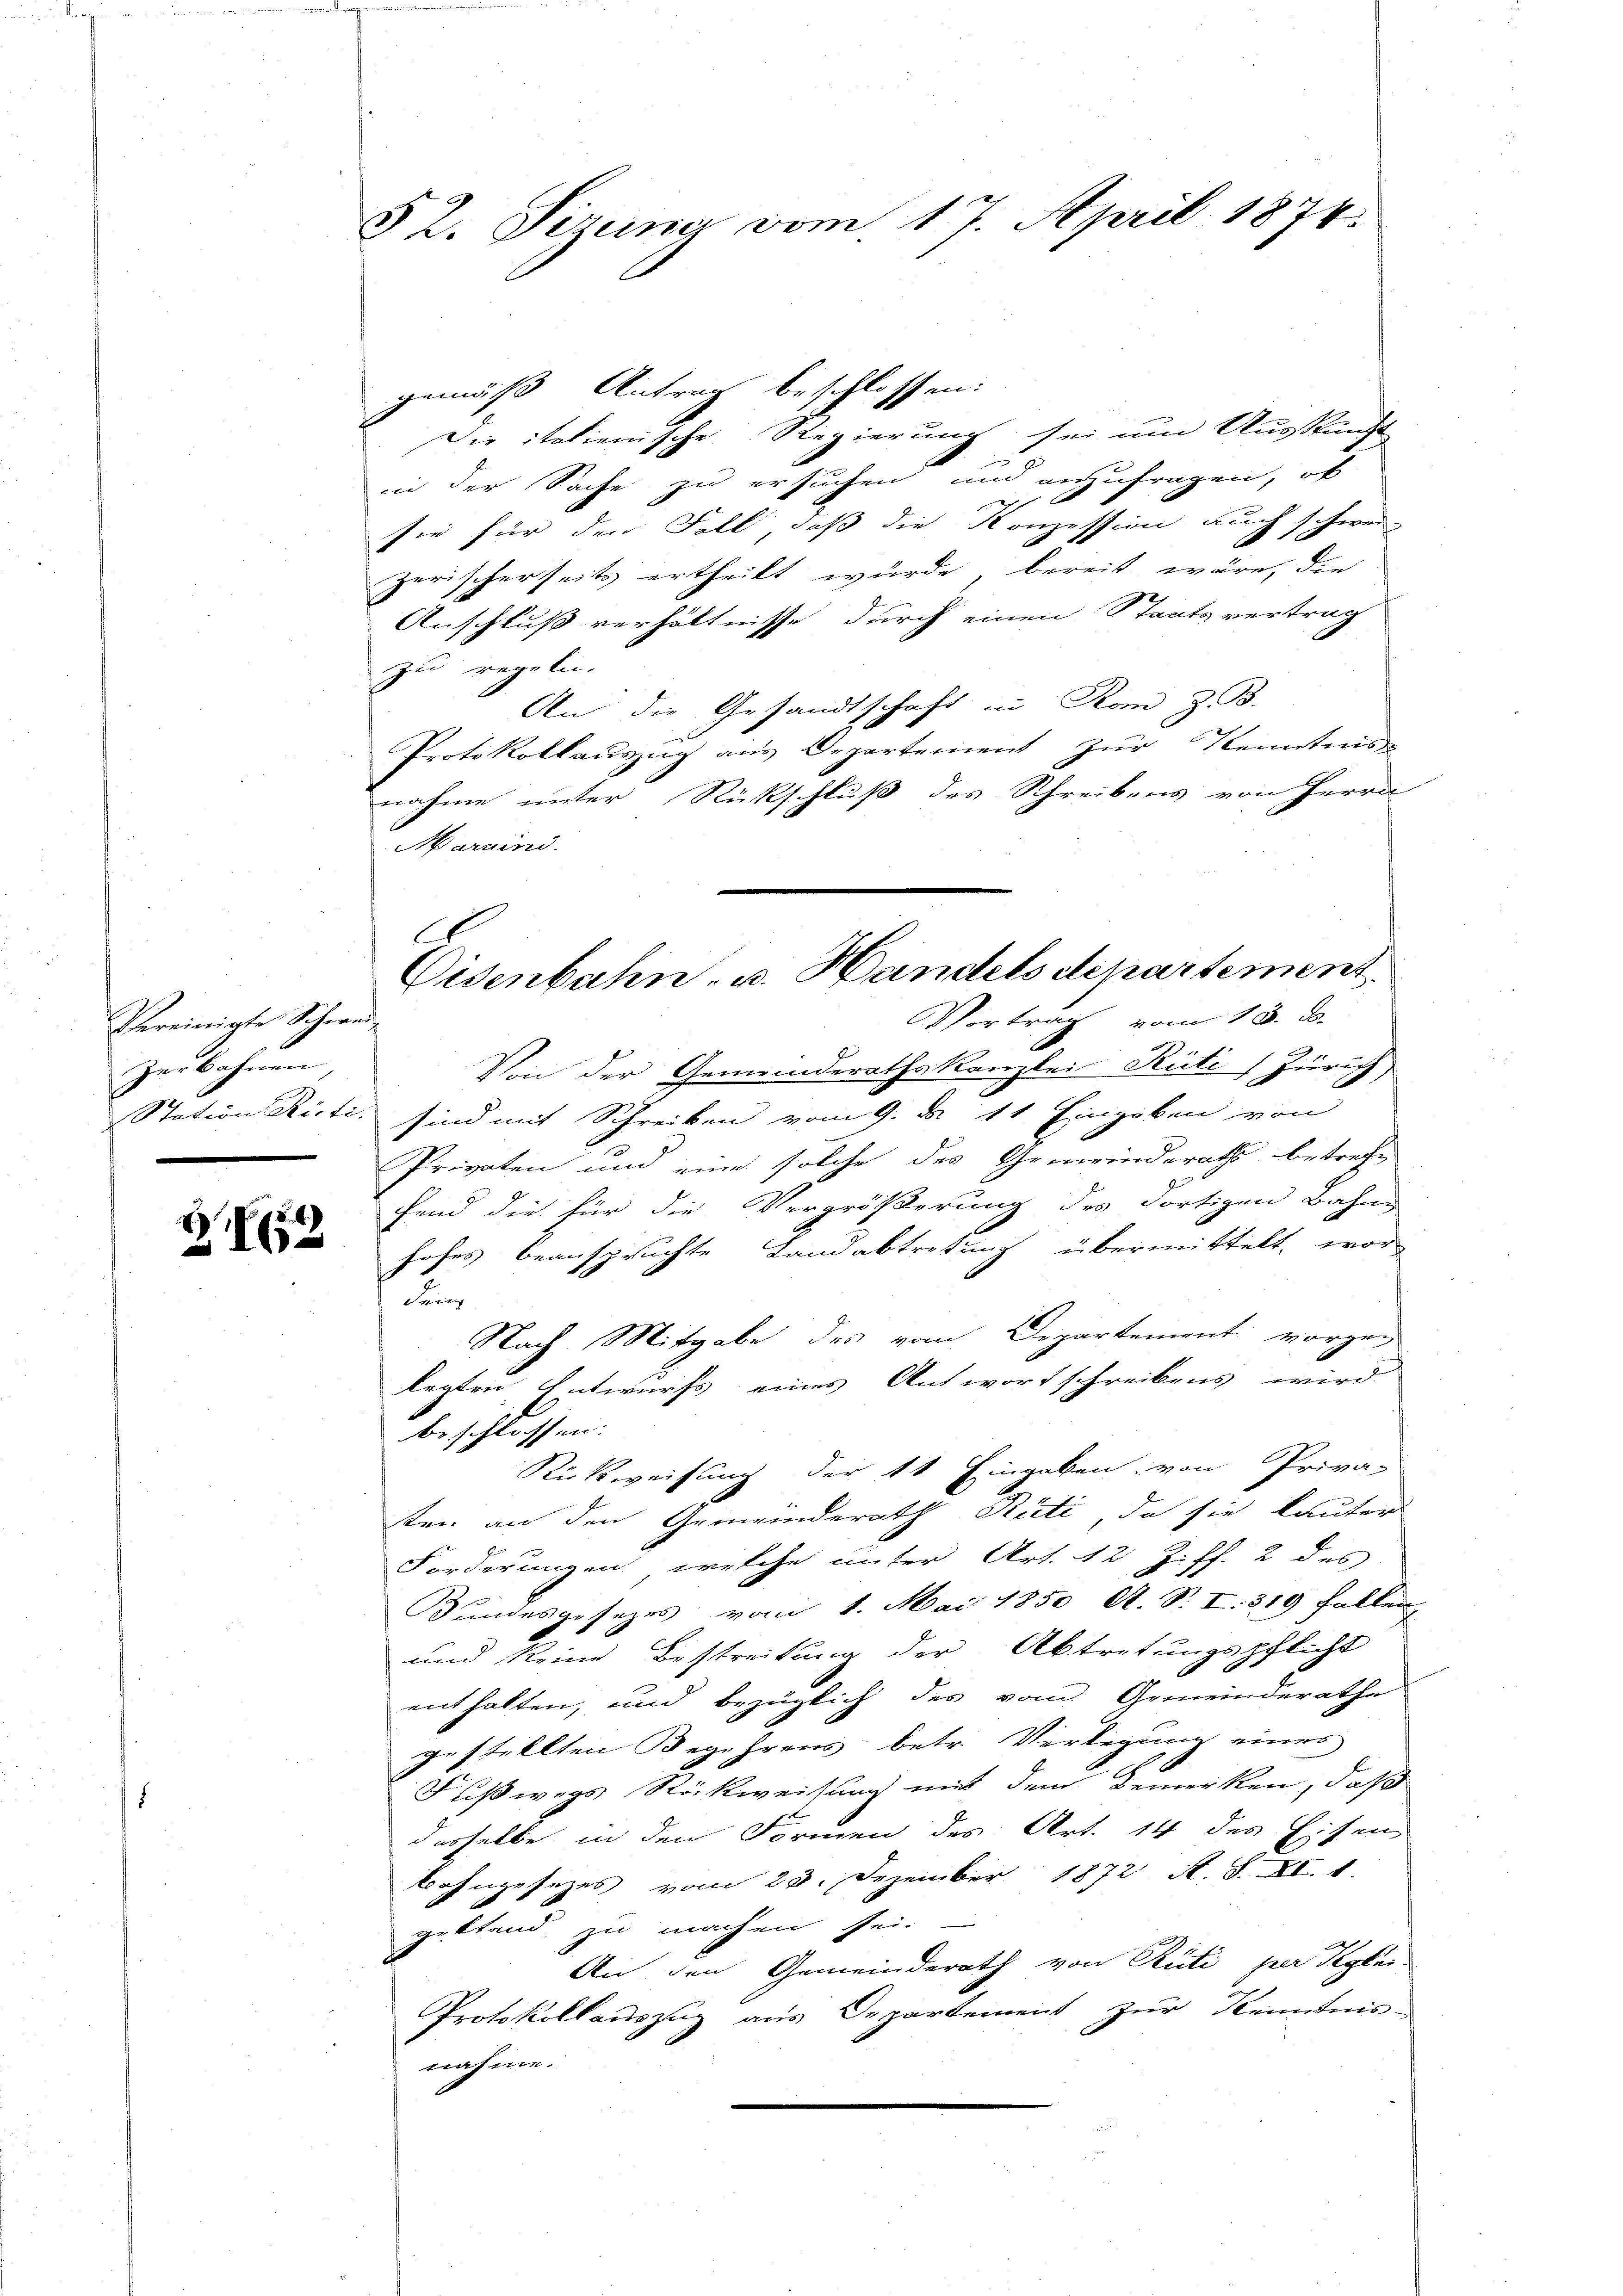
Vereinigte Schwei¬
Zerbahnen,

.
Z 186

52. Sizumer vom 17. April 1874.

G.
Eisenbahn- u. Handels departement.

gemäß Antrag beschlossen:
Die italienische Regierung sei um Auskunft-
in der Sache zu ersuchen und anzufragen, ob
h
sie für der Fall, daß die Konzession auch schwer-
zerischerseits ertheilt würde, bereit wäre, die
Anschluß verhältnisse durch einen Staatsvertrag
zu regeln.
An die Gesandtschaft in Kan z. B.
Protokollauszug aus Departement zur Kenntnis
nahme unter Rückschluß des Schreibens von Herrn
Marvini.
Vortrag vom 18. ds.
Von der Gemeinderathskanzlei Rüti, Zürich
Station Rüti, sind mit Schreiben vom 9. d. 11. Eingaben von
Privaten und eine solche des Gemeinderaths betreff
fend die für die Vergrößerung des Fortigen Bahne
hofes beanspruchte Landabtretung übermittelt, wor-
den
Nach Mitgabe des vom Departement vorgelegten Entwurfs eines Antwortschreibens wird
beschlossen:
Rickweisung der 11 Eingaben, von Priva-
ten an den Gemeinderath Stüti, da sie lauter
Forderungen, welche unter Art. 12 Ziff. 2 des
Bundesgesezes vom 1. Mai 1850 A. S. I. 319 fallen
und keine Bestreitung der Abtretungspflicht
enthalten, und bezüglich des vom Gemeinderathe
gestellten Begehrens betr. Verlegung eines
Fußwegs Rückweisung mit dem Bemerken, daß
desselbe in den Formen des Art. 14 des Eisen
Bahngesezes vom 23. Dezember 1872 A. S. XI. 1.
geltend, zu machen sei.
An den Gemeinderath von Rüti per Regler
Protokollauszug aus Departement zur Kenntnis-
nahme.